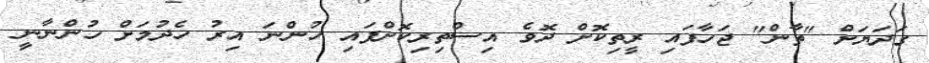
ގަދަޔަށް "ތާން" ޖަހާފައި ރީތިކޮށް ދޮވެ އިސްތިރިކޮށްފައި ހުންނަ އިރު ހެދުމަށް ހުންނާނީި